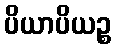
ပိယာပိယဉ္စ